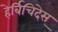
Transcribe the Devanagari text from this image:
हेर्बिचिदेस्